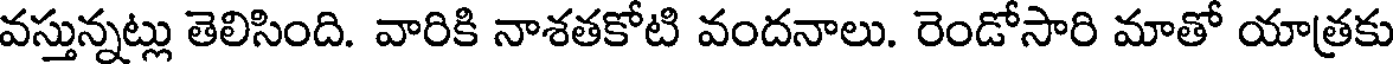
వస్తున్నట్లు తెలిసింది. వారికి నాశతకోటి వందనాలు. రెండోసారి మాతో యాత్రకు